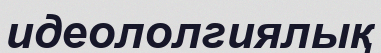
идеололгиялық